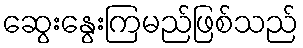
ဆွေးနွေးကြမည်ဖြစ်သည်